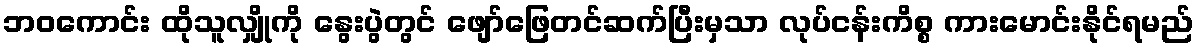
ဘဝကောင်း ထိုသူလျှိုကို နွေးပွဲတွင် ဖျော်ဖြေတင်ဆက်ပြီးမှသာ လုပ်ငန်းကိစ္စ ကားမောင်းနိုင်ရမည်